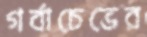
গর্বাচেভের